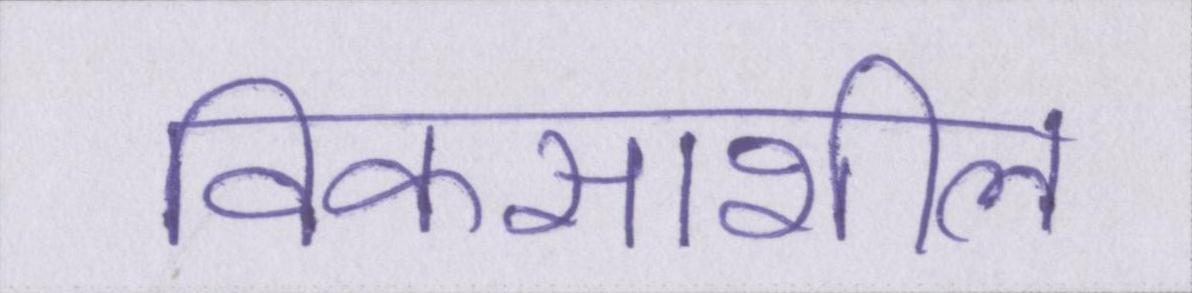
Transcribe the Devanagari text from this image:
विकसाशील